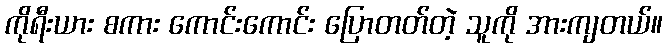
ကိုရီးယား စကား ကောင်းကောင်း ပြောတတ်တဲ့ သူကို အားကျတယ်။